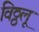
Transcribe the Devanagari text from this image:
विठ्ठलू